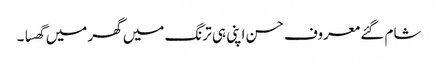
شام گئے معروف حسن اپنی ہی ترنگ میں گھر میں گھسا ۔